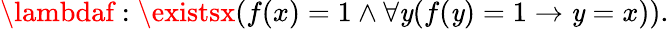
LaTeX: \lambdaf:\existsx(f(x)=1\land\forall\mathit{y}(f(\mathit{y})=1\rightarrow\mathit{y}=x)).